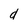
Character: d